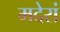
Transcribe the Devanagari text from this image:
मदेरां